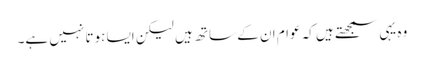
وہ یہی سمجھتے ہیں کہ عوام ان کے ساتھ ہیں لیکن ایسا ہوتا نہیں ہے۔